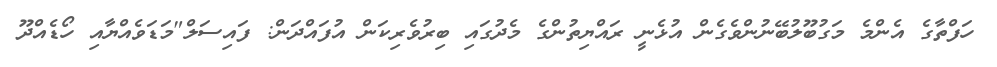
ހަފްތާގެ އެންމެ މަގުބޫލުބޭނުންވެގެން އުޅެނީ ރައްޔިތުންގެ މެދުގައި ބިރުވެރިކަން އުފައްދަން: ފައިސަލް"މަޑަވެއްޔާއި ހޯޑެއްދޫ